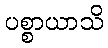
ပစ္စာယာသိ